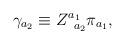
LaTeX: \begin{align*}\gamma _{a_{2}}\equiv Z_{\;\;a_{2}}^{a_{1}}\pi _{a_{1}}, \end{align*}